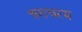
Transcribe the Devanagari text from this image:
चराचरम